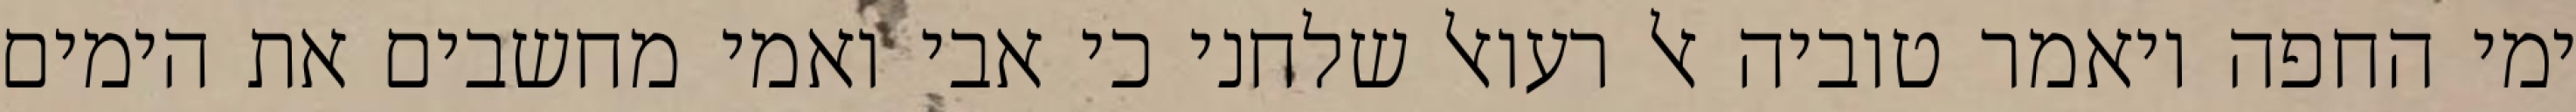
ימי החפה ויאמר טוביה אל רעואל שלחני כי אבי ואמי מחשבים את הימים